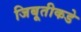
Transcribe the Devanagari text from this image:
जिबूतीकडे